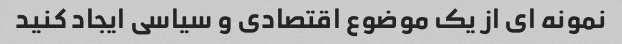
نمونه ای از یک موضوع اقتصادی و سیاسی ایجاد کنید